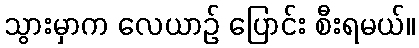
သွားမှာက လေယာဉ် ပြောင်း စီးရမယ်။